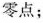
零点；